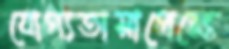
যোগ্যতাসাপেক্ষে